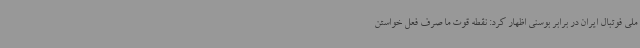
ملی فوتبال ایران در برابر بوسنی اظهار کرد: نقطه قوت ما صرف فعل خواستن